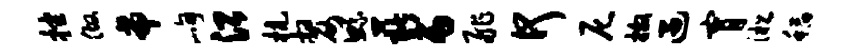
挫做帝峋沿杭嫠鲧薪丙舴何尼撒遇宵淞稻